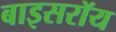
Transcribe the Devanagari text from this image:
बाइसरॉय